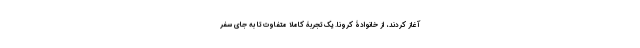
آغاز کردند، از خانوادۀ کرونا. یک تجربۀ کاملا متفاوت تا به جای سفر